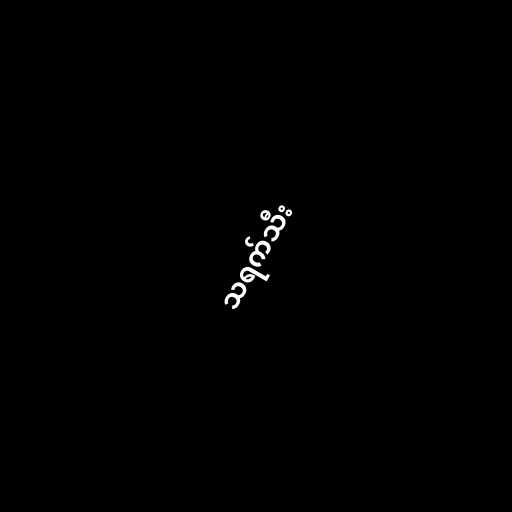
သရက်သီး